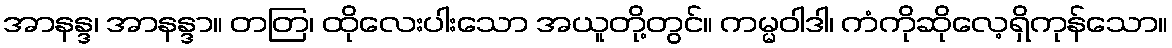
အာနန္ဒ၊ အာနန္ဒာ။ တတြ၊ ထိုလေးပါးသော အယူတို့တွင်။ ကမ္မဝါဒါ၊ ကံကိုဆိုလေ့ရှိကုန်သော။